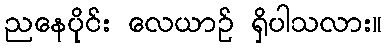
ညနေပိုင်း လေယာဉ် ရှိပါသလား။